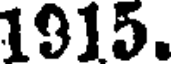
1915.